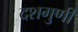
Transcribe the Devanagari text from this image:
दशगुणी